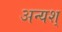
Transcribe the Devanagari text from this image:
अन्यश्